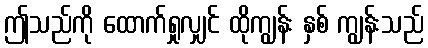
ဤသည်ကို ထောက်ရှုလျှင် ထိုကျွန်း နှစ် ကျွန်းသည်